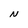
Character: N